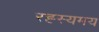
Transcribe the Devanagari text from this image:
रह्स्यमय